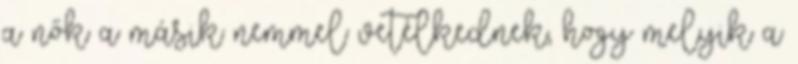
a nők a másik nemmel vetélkednek, hogy melyik a